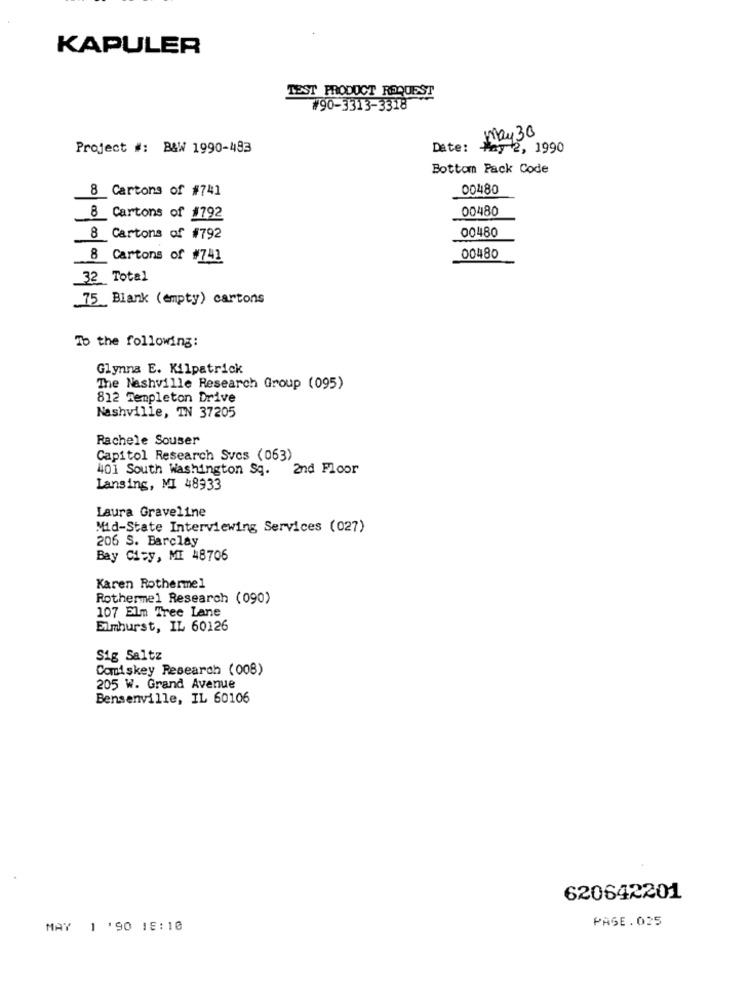
KAPULER
TEST PRODUCT REQUEST
#90-3313-3318
may 30
Project #: B&W 1990-483
Date:
May 2, 1990
Bottom Pack Code
00480
8 Cartons of #741
00480
8 Cartons of #792
00480
8 Cartons of #792
8 Cartons of #741
00480
_32 Total
75 Blank (empty) cartons
To the following:
Glynna E. Kilpatrick
The Nashville Research Group (095)
812 Templeton Drive
Nashville, TN 37205
Rachele Souser
Capitol Research Svcs (063)
401 South Washington Sq.
2nd Floor
Lansing, MI 48933
Laura Graveline
Mid-State Interviewing Services (027)
206 S. Barclay
Bay City, MI 48706
Karen Rothermel
Rothermel Research (090)
107 Elm Tree Lane
Elmhurst, IL 60126
Sig Saltz
Comiskey Research (008)
205 W. Grand Avenue
Bensenville, IL 60106
620642201
PASE.025
MAY 1 '90 18:10